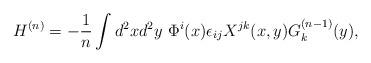
LaTeX: \begin{align*}H^{(n)}=-\frac{1}{n}\int d^2x d^2y~\Phi^i(x)\epsilon_{ij}X^{jk}(x,y)G^{(n-1)}_k(y),\end{align*}